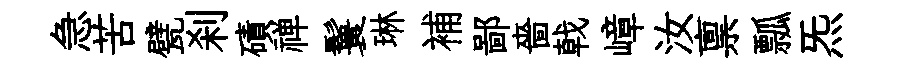
急苦甓刹磧禅鬟琳補鄙嗇戟嶂汝禀瓢炁